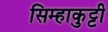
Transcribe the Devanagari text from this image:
सिम्हाकुट्टी